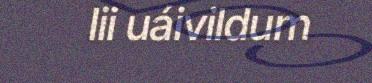
lii uáivildum